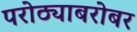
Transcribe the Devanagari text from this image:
परोठ्याबरोबर